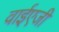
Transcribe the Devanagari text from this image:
वाईएजी